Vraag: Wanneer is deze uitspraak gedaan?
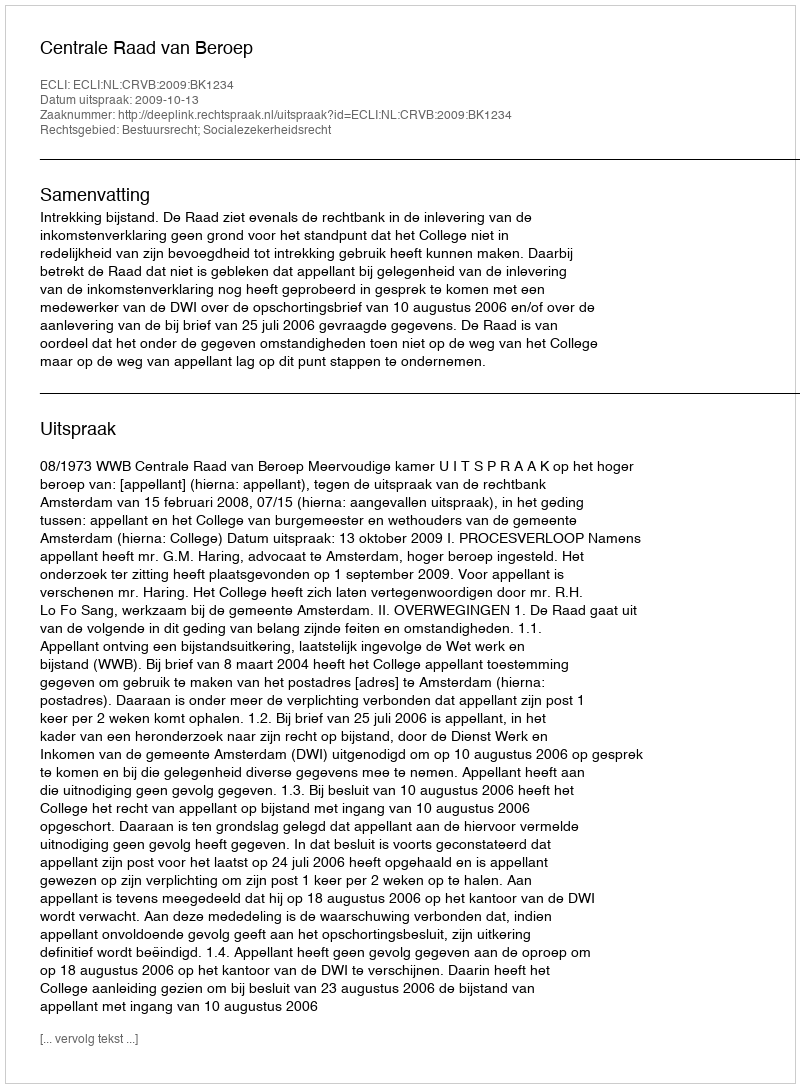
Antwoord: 2009-10-13